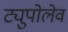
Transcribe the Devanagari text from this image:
ट्युपोलेव